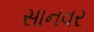
સાનવર